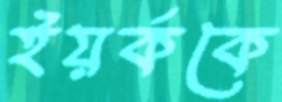
ইয়র্ককে